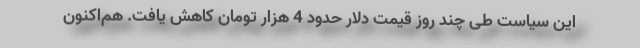
این سیاست طی چند روز قیمت دلار حدود 4 هزار تومان کاهش یافت. هم‌اکنون